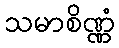
သမာစိဏ္ဏံ